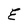
Character: E